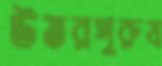
উত্তরপুরুষ